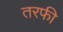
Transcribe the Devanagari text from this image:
तरफी